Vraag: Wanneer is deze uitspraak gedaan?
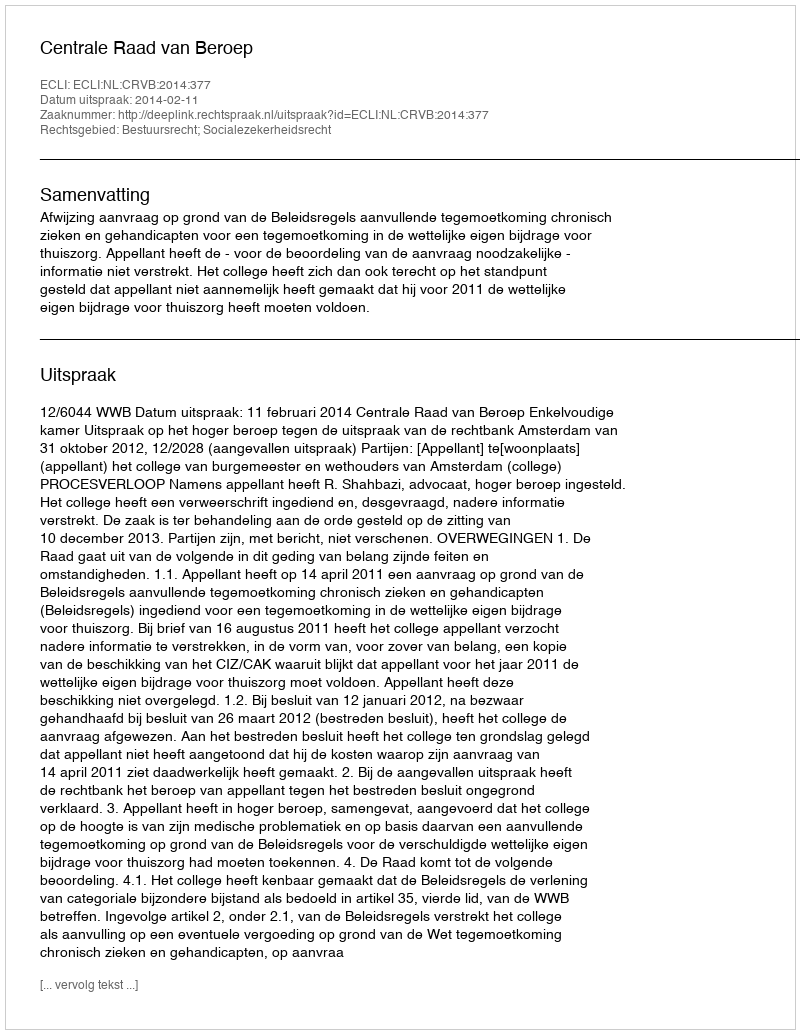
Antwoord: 2014-02-11